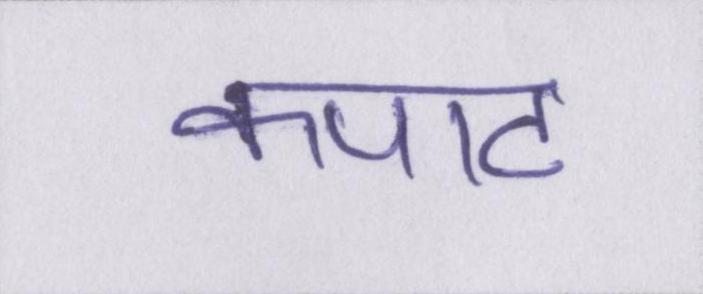
कपाट